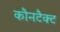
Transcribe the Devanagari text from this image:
कौनटैक्ट